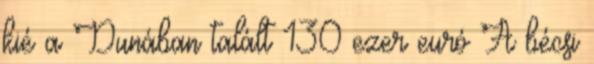
kié a Dunában talált 130 ezer euró A bécsi